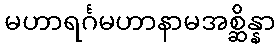
မဟာရင်္ဂမဟာနာမအစ္ဆိန္နာ